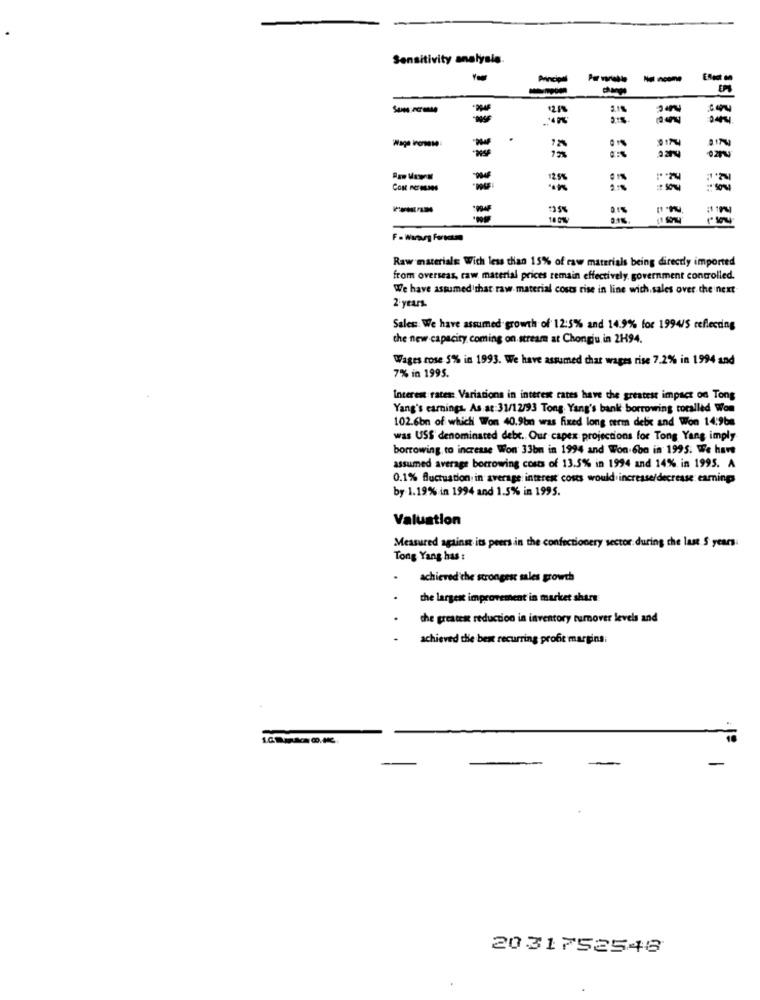
Sensitivity analysis.
Principal
12.5%
2:5
12%
12.5%
CON Fermaes
--
18 0%
Raw materials With less than 15% of raw materials being directly imported
from overseas, raw material prices remain effectively. government controlled.
We have assumed that raw material costs rise in line with.sales over the next
2 years.
Sales: We have assumed growth of 12:5% and 14.9% for 1994/5 reflecting
the new capacity coming on stream at Chongju in 2H94.
Wages rose 5% in 1993. We have assumed char wages rise 7.2% in 1994 and
7% in 1995.
Interest rates: Variations in interest rates have the greatest impact on Tong
Yang's earnings. As at 31/12/93 Tong. Yang's bank borrowing toralled Won
102.6bn of which Won 40.9bn was fixed long term debe and Won 14:96m
was USS' denominated debt. Our capex projections for Tong Yang imply
borrowing to increase Won 33bm in 1994 and Won-6bo in 1995. We have
assumed average borrowing costs of 13.5% in 1994 and 14% in 1995. A
0.1% fluctuation in average interest costs would increase/decrease earnings
by 1.19% in 1994 and 1.5% in 1995.
Valuation
Measured against its peers in the confectionery sector during the last S years
Tong Yang has :
achieved the strongest sales growth
the largest improvement in market share
the greatest reduction in inventory rumover levels and
achieved the best recurring profit margins;
2031752548